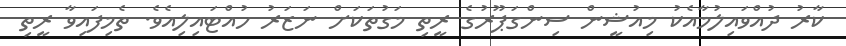
ކާރު ދުއްވައިލުމާއެކު މިއުޝީން ސިންގަޕޫރުގެ ރީތި މަގުތަކަށް ނަޒަރު ހުއްޓައިލިއެވެ. ތެމިފައިވާ ރީތި